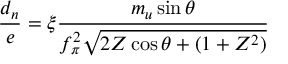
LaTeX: { \frac { d _ { n } } { e } } = \xi { \frac { m _ { u } \sin \theta } { f _ { \pi } ^ { 2 } \sqrt { 2 Z \cos \theta + ( 1 + Z ^ { 2 } ) } } }